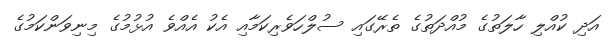
އަދި ކުއްލި ހާލަތުގެ މުއްދަތުގެ ތެރޭގައި ސުލްހަވެެރިކަމާއި އެކު އެއްވެ އުޅުމުގެ މިނިވަންކަމުގެ